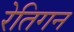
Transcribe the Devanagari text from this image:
रेतिगन